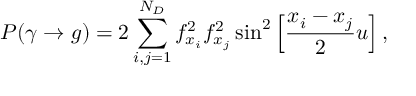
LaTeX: P ( \gamma \rightarrow g ) = 2 \sum _ { i , j = 1 } ^ { N _ { D } } f _ { x _ { i } } ^ { 2 } f _ { x _ { j } } ^ { 2 } \sin ^ { 2 } \left[ \frac { x _ { i } - x _ { j } } { 2 } u \right] ,